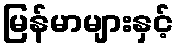
မြန်မာများနှင့်